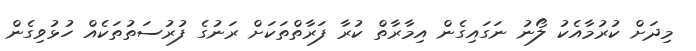
މިދަށް ކުރުމާއެކު ލޯނު ނަގައިގެން އިމާރާތް ކުރާ ފަރާތްތަކަށް ރަނުގެ ފުރުސަތުތަކެއް ހުޅުވިގެން